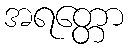
အရတ္တော